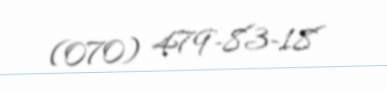
(070) 479-83-18